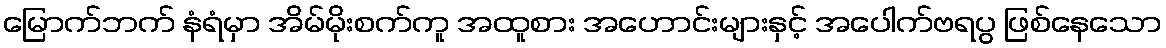
မြောက်ဘက် နံရံမှာ အိမ်မိုးစက်ကူ အထူစား အဟောင်းများနှင့် အပေါက်ဗရပွ ဖြစ်နေသော